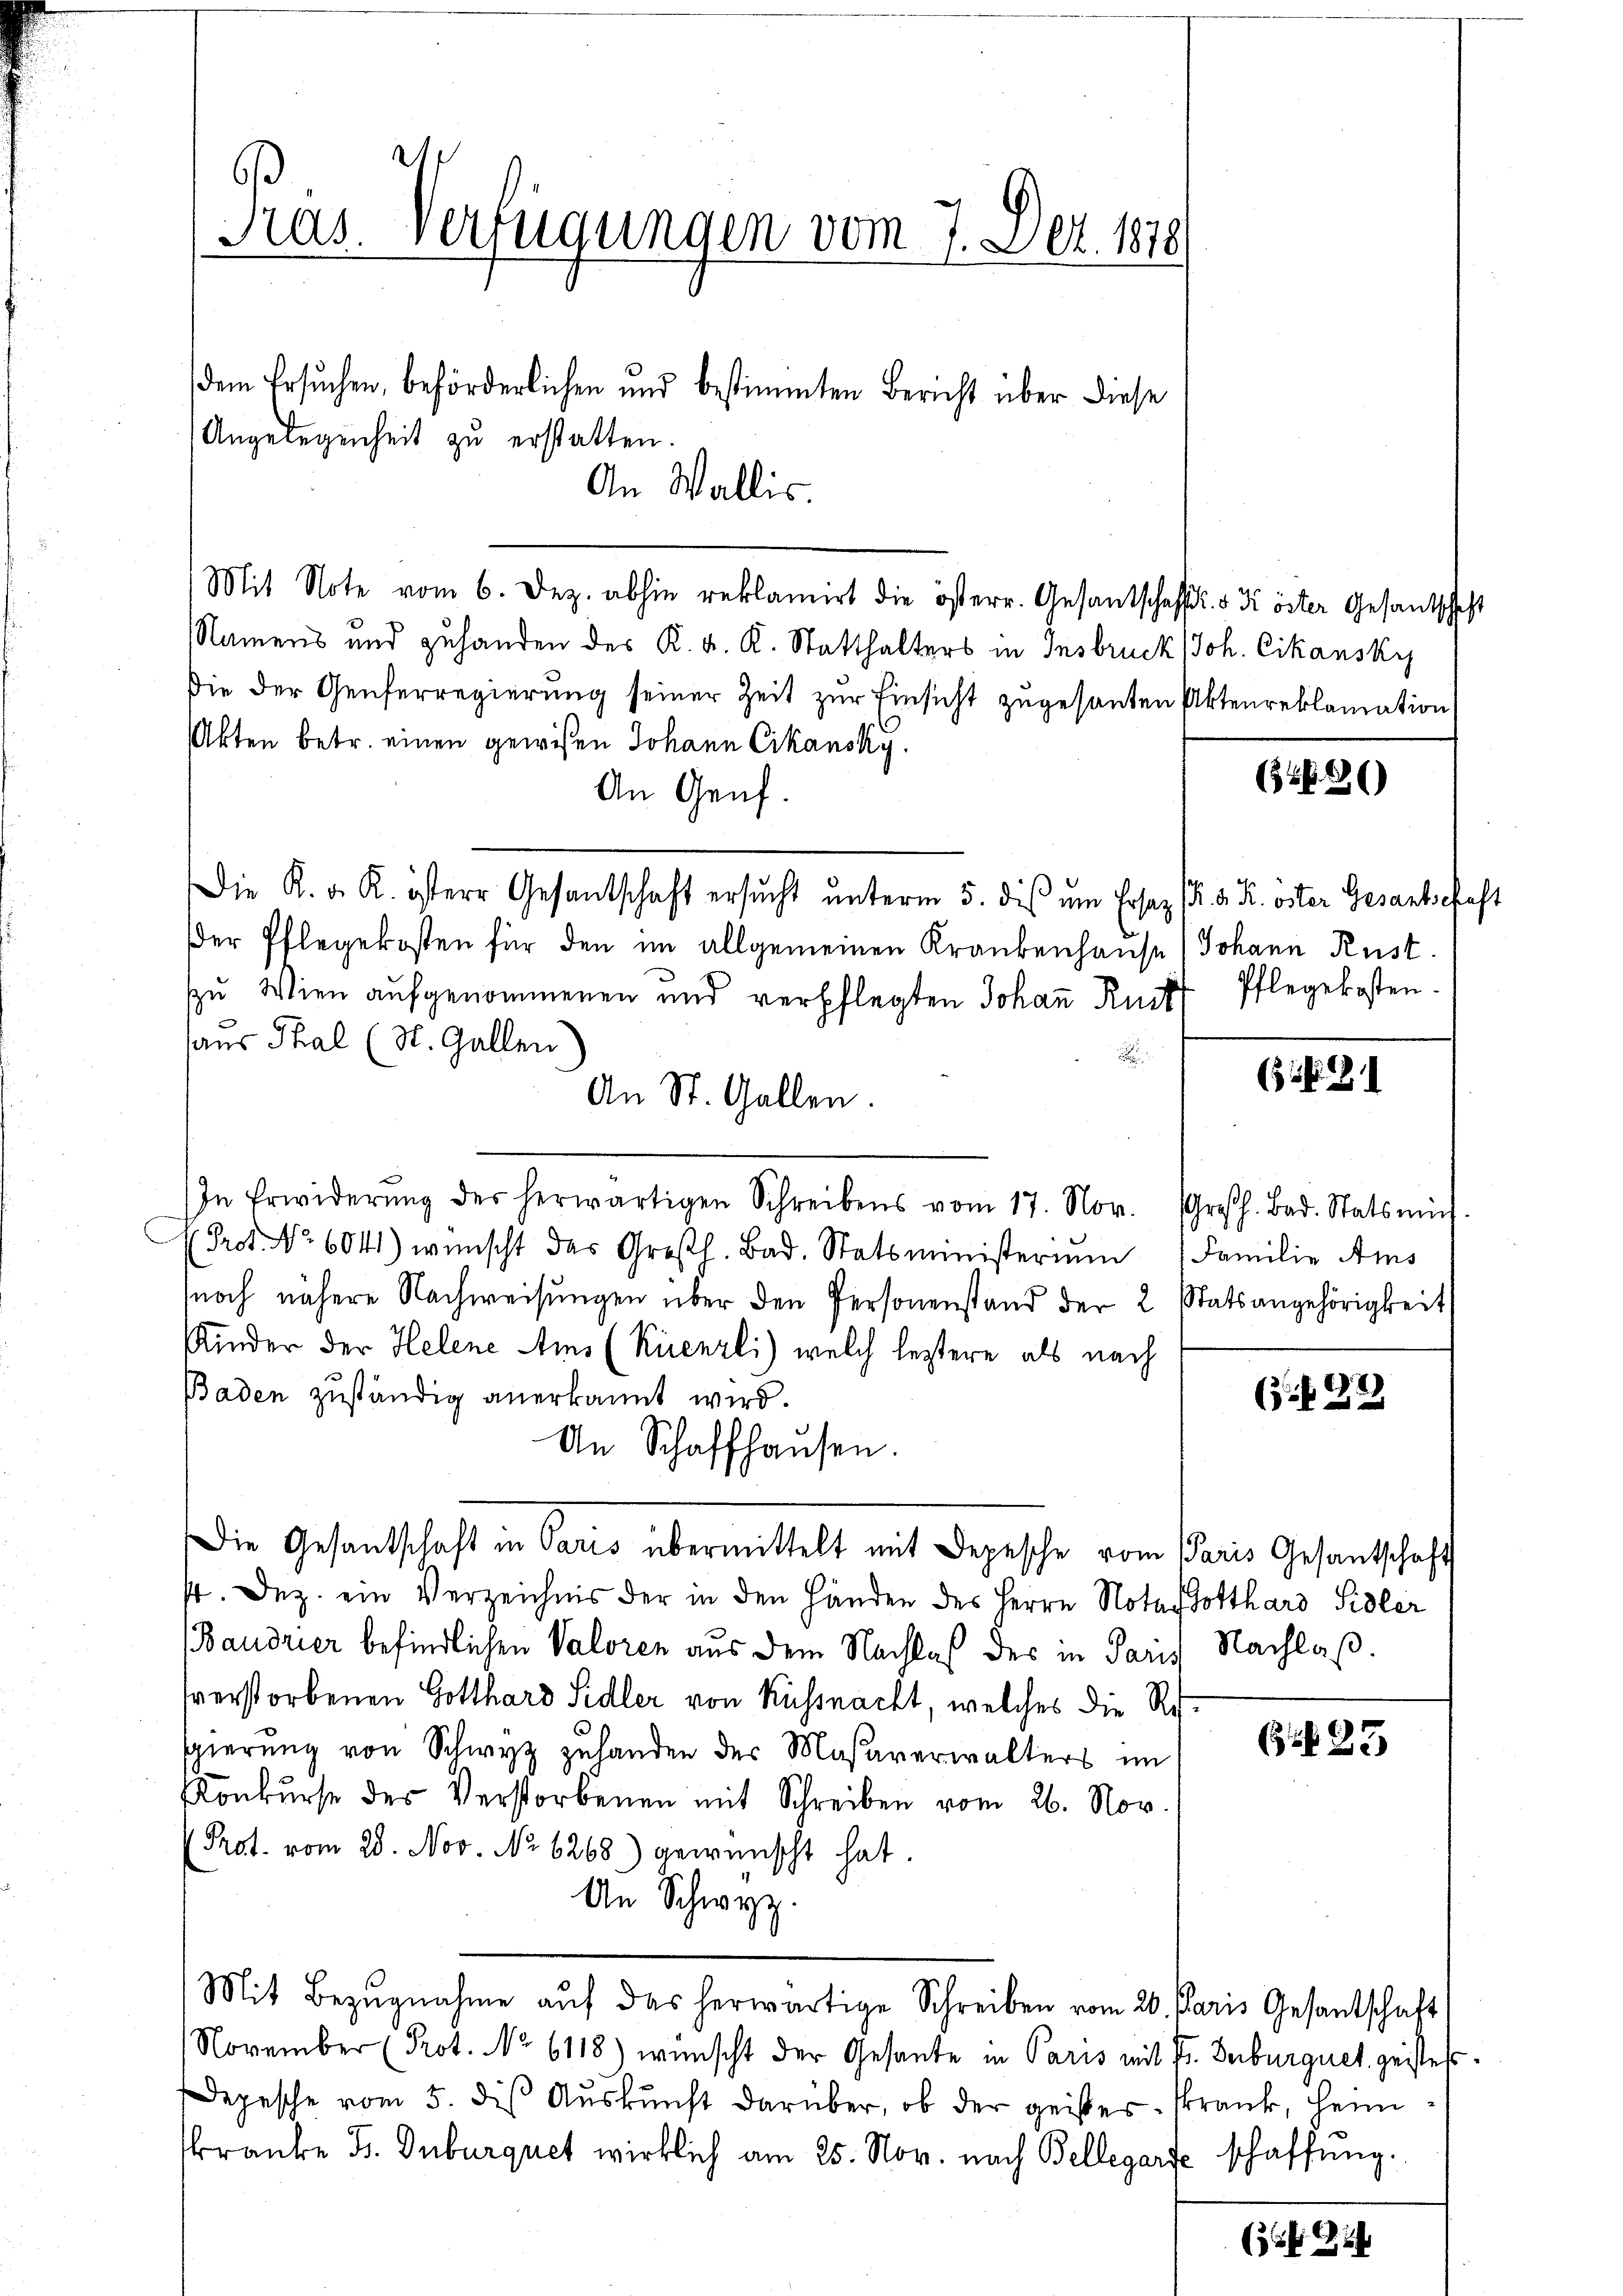
Pras. Verfügungen vom 7. Dez. 1878
dem Ersuchen, beförderlichen und bestimmten Bericht über diese
Angelegenheit zu erstatten.
An Wallis.

Mit Note vom 6. Dez. abhin reklamirt die österr. Gesantscheff. 5 ½ öster Gesantschaft
Namens und zuhanden des K. K. K. Statthalters in Insbruck
Die der Genferregierung seiner Zeit zur Einsicht zugesanten Aktenreklamation
Akten betr. einen gewißen Johann Cikansky.
An Genf.
Die K. v. R. östere Gesandschaft ersŭcht ŭnterm 5. dis ŭm Ersaz (K. K. K. öster Gesantschaft
der Pflegekosten für den im allgemeinen Krankenhause
zu Wien aufgenommenen und verpflegten Johaṅ Richt Pflegekosten.
haus Thal (St. Gallen
An St. Gallen.
In Erwiderŭng des herwärtigen Schreibens vom 17. Nov. Großh. Bad. Statsmit-
Prof. No. 60141) wünscht das Großh. Bad. Statsministerium 1 Familie Ams
noch nähere Nachweisungen über den Personenstand der 2 Statsangehörigkeit
Kinder der Helene Ams (Küenzli) welch leztere als nach
Baden zuständig anerkannt wird.
An Schaffhausen.
Die Gesandtschaft in Paris übermittelt mit Depesche vom Paris Gesandtschaft
. Dez. ein Verzeichnis der in den Händen des Herrn Notar Gotthard Sidler
Baudrier befindlichen Valoren aus dem Nachlaß des in Paris Nachlaß.
sverstorbenen Gotthard Sidler von Küssnacht, welches die Resgierung von Schwyz zuhanden der Maßaverwalters im
Konkurse des Verstorbenen mit Schreiben vom 26. Nov.
Prot. vom 28. Nov. No 6268) gewünscht hat.
An Schwyz.
Mit Bezugnahme auf das herwärtige Schreiben vom 20. Paris Gesantschaft
November (Prot. No 6118) wünscht der Gesante in Paris mit Fr. Geburguet geistes¬
Depesche vom 5. des Aŭskŭnft darüber, ob der geister skrank, heim
kranke J. Duburquet wirklich am 25. Nov. nach Bellegarte schaffung.

Joh. Cikansky

(886)

Johann Rust.

(358. 21

(. G,22

G.23

(2 Ge